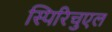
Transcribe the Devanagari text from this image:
स्पिरिचुएल